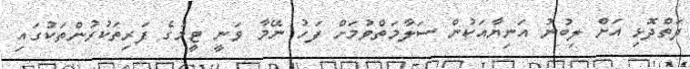
ދަތްދޮޅި އަށް ލިބުނު އަނިޔާއަކުން ސަލާމަތްވުމަށް ފަހު ނޭމާ ވަނީ ޓީމުގެ ފަރިތަކުރުންތަކުގައި